Vaccination North-Western Provinces and Oudh 1878-1895 - 1878-1895
Year: 1878
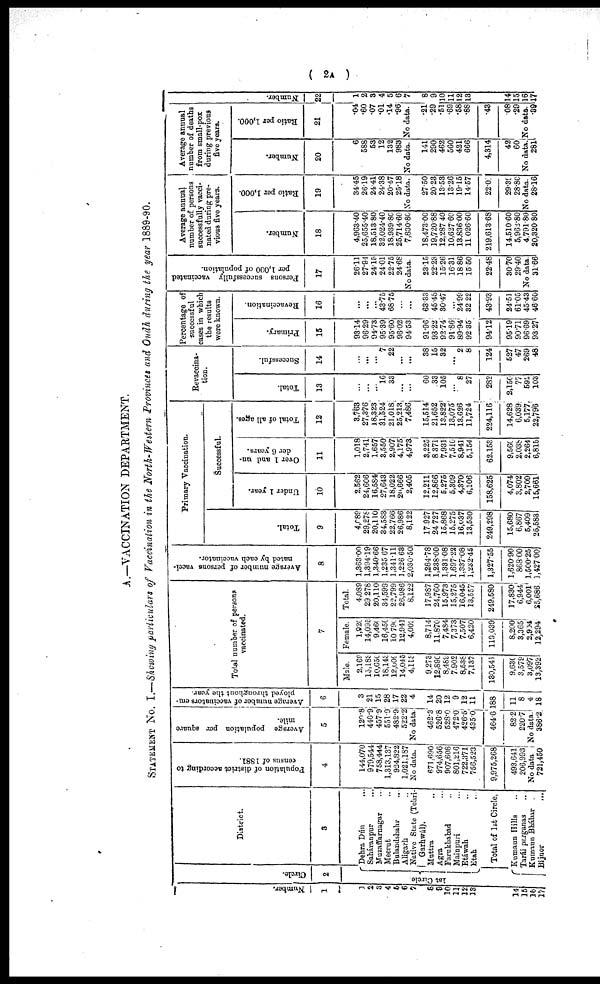
( 2A )
A.—VACCINATION DEPARTMENT.
STATEMENT No. I.—Showing particulars of Vaccination in the North-Western Provinces and Oudh during the year 1889-90.
Number.
1
1
2
3
4
5
6
7
8
9
10
11
12
13
14
15
16
17
Circle.
2
1st Circle
District.
3
Dehra Dún
...
Saháranpur ...
Muzaffarnagar ...
Meerut ...
Bulandshahr ...
Aligarh ...
Native State (Tehri¬
Garhwál).
Muttra ...
Agra ...
Farukhabad ...
Mainpuri ...
Etáwah ...
Etah ...
Total of 1st Circle,
Kumaun Hills ...
Tarái parganas ...
Kumaun Bhábar ...
Bijnor ...
Population of district according to
census of 1881.
4
144,070
979,544
758,444
1,313,137
924,822
1,021,187
No data.
671,690
974,656
907,608
801,216
722,371
756,523
9,975,268
493,641
206,993
No data
721,450
Average population per square
mile.
5
120.8
440.9
457.9
551.9
482.9
522.2
No data.
462.3
526.8
528.0
472.0
426.5
435.0
464.6
82.2
220.7
No data.
386.2
Average number of vaccinators em¬
ployed throughout the year.
6
3
21
15
28
17
22
4
14
20
12
9
12
11
188
11
8
4
18
Total number of persons
vaccinated.
7
Male.
2,169
13,188
10,650
18,143
12,009
14,045
4,113
9,273
12,890
8,489
7,902
8,538
7,137
130,541
9,630
3,579
3,097
13,392
Female.
1,020
14,095
9,460
16,456.
10,790
12,941
4,003
8,714
11,870
7,484
7,373
7,507
6,420
119,039
8,200
3,365
2,904
12,294
Total.
4,089
29,278
20,110
34,599
22,799
26,986
8,122
17,987
24,760
15,973
15,275
16,045
13,557
249,580
17,830
6,944
6,001
25,686
Average number of persons vacci-
nated by each vaccinator.
8
1,363.00
1,394.19
1,340.66
1,235.67
1,341.11
1,226.63
2,030.50
1,284.78
1,238.00
1,331.08
1,697.22
1,337.08
1,232.45
1,327.55
1,620.90
868.00
1,500.25
1,427.00
Primary Vaccination.
Total.
9
4,089
29,278
20,110
34,583
22,766
26,986
8,122
17,927
24,727
15,868
15,275
16,037
13,530
249,298
15,680
6,867
5,409
25,583
Successful.
Under 1 year.
10
2,562
24,606
16,584
27,643
18,022
20,666
2,405
12,211
12,866
5,275
5,309
4,370
6,106
158,625
4,074
3,802
2,709
15,661
Over 1 and un-
der 6 years.
11
1,018
2,741
1,657
3,550
2,907
4,175
4,973
3,225
8,371
7,931
7,510
8,941
5,154
62,153
9,560
2,038
2,264
6,815
Total of all ages.
12
3,763
27,376
18,323
31,524
21,018
25,213
7,486
15,514
21,652
13,822
13,075
13,626
11,724
224,116
14,628
6,039
5,177
22,796
Revaccina¬
tion.
Total.
13
...
...
...
16
33
...
...
60
33
105
...
8
27
282
2,150
77
592
103
Successful.
14
...
...
...
7
22
...
...
38
15
32
...
2
8
124
527
47
269
48
Percentage of
successful
cases in which
the results
were known.
Primary.
15
93.14
96.29
94.73
95.39
95.60
96.02
94.53
91.96
93.22
92.74
91.86
89.94
92.35
94.12
95.19
90.71
96.69
93.27
Revaccination.
16
...
...
...
43.75
68.75
...
...
63.33
45.45
30.47
...
24.99
32.22
43.93
24.51
61.05
45.43
46.60
Persons successfully vaccinated
per 1,000 of population.
17
26.11
27.94
24.15
24.01
22.75
24.68
No data.
23.15
22.23
15.26
16.31
18.86
15.50
22.48
30.70
29.40
No data.
31.66
Average annual
number of persons
successfully vacci-
nated during pre-
vious five years.
Number.
18
4,963.40
25,655.40
18,513.80
32,024.40
18,939.80
25,714.60
7,830.80
18,473.00
19,720.88
12,287.40
10,627.60
13,836.00
11,026.60
219,613.68
14,510.60
5,962.80
4,791.80
20,320.80
Ratio per 1,000.
19
34.45
26.19
24.41
24.38
20.47
25.18
No data.
27.50
20.23
13.53
13.26
19.15
14.57
22.05
29.39
28.80
No data.
28.16
Average annual
number of deaths
from small-pox
during previous
five years.
Number.
20
6
588
53
12
132
983
No data.
141
290
462
560
421
666
4,314
42
60
No data.
281
Ratio per 1,000.
21
.04
.60
.07
.01
.14
.96
No data.
.21
.29
.51
.69
.58
.88
.43
.08
.29
No data.
.39
Number.
22
1
2
3
4
5
6
7
8
9
10
11
12
13
14
15
16
17